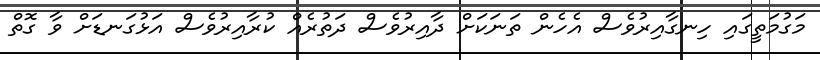
މަގުމަތީގައި ހިނގާއިރުވެސް އެހެން ތަނަކަށް ދާއިރުވެސް ދަތުރެއް ކުރާއިރުވެސް އަޅުގަނޑަށް ވާ ގޮތް